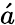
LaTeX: \acute{a}